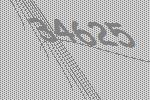
34625